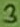
Text: 3